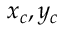
x _ { c } , y _ { c }